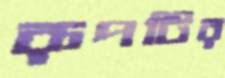
রূপটির